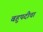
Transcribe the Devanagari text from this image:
बहुपदीचा